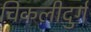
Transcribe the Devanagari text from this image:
चिकलीदुर्ग